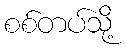
စစ်တပ်သို့